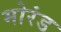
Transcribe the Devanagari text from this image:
मोरंड